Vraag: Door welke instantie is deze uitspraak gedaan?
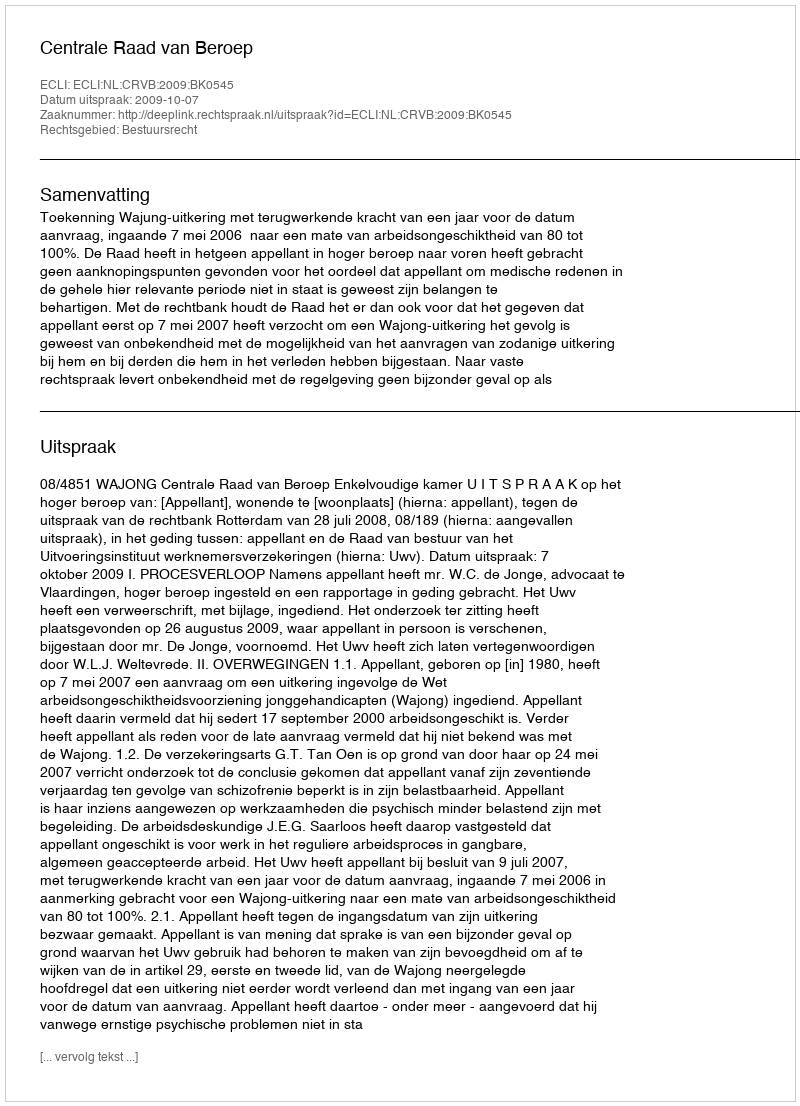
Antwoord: Centrale Raad van Beroep